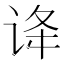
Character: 𬣺